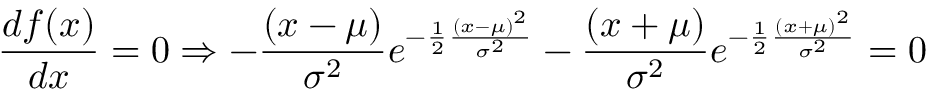
{ \frac { d f ( x ) } { d x } } = 0 \Rightarrow - { \frac { \left( x - \mu \right) } { \sigma ^ { 2 } } } e ^ { - { \frac { 1 } { 2 } } { \frac { \left( x - \mu \right) ^ { 2 } } { \sigma ^ { 2 } } } } - { \frac { \left( x + \mu \right) } { \sigma ^ { 2 } } } e ^ { - { \frac { 1 } { 2 } } { \frac { \left( x + \mu \right) ^ { 2 } } { \sigma ^ { 2 } } } } = 0